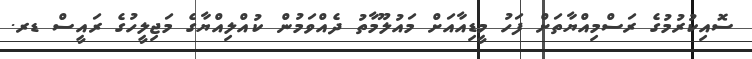
ސޮއިކުރުމުގެ ރަސްމިއްޔާތަށް ފަހު މީޑިއާއަށް މައުލޫމާތު ދެއްވަމުން ކުއްލިއްޔާގެ މަޖިލީހުގެ ރައީސް ޑރ.